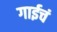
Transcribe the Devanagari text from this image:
गाईचं